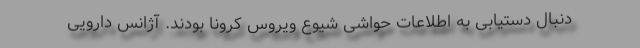
دنبال دستیابی به اطلاعات حواشی شیوع ویروس کرونا بودند. آژانس دارویی